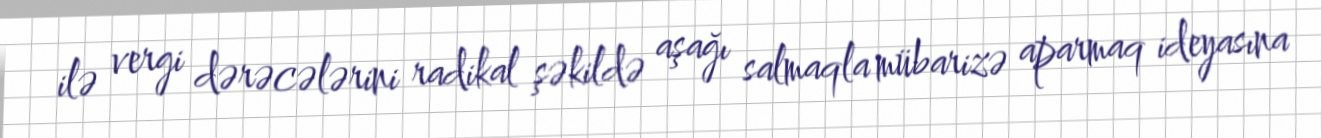
ilə vergi dərəcələrini radikal şəkildə aşağı salmaqla mübarizə aparmaq ideyasına